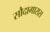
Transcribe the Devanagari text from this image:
सौदागारास